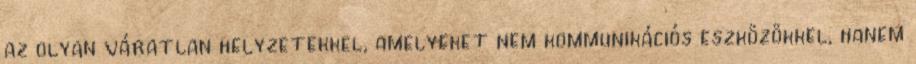
az olyan váratlan helyzetekkel, amelyeket nem kommunikációs eszközökkel, hanem